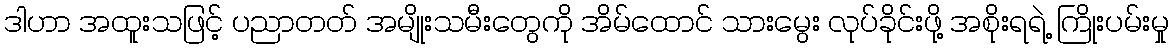
ဒါဟာ အထူးသဖြင့် ပညာတတ် အမျိုးသမီးတွေကို အိမ်ထောင် သားမွေး လုပ်ခိုင်းဖို့ အစိုးရရဲ့ ကြိုးပမ်းမှု